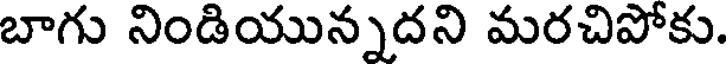
బాగు నిండియున్నదని మరచిపోకు.